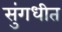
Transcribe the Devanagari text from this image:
सुंगधीत